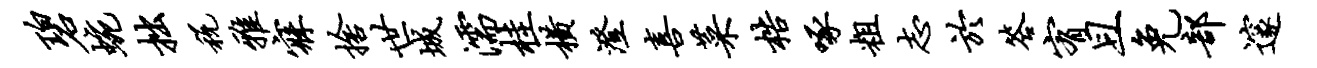
碧蜿拙税雅寐舍世城濡桂横澄喜菜梏啄粗志於答宥且免部邃